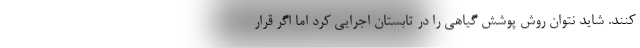
کنند. شاید نتوان روش پوشش گیاهی را در تابستان اجرایی کرد اما اگر قرار